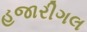
હજારીગલ